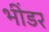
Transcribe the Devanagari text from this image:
भींडर